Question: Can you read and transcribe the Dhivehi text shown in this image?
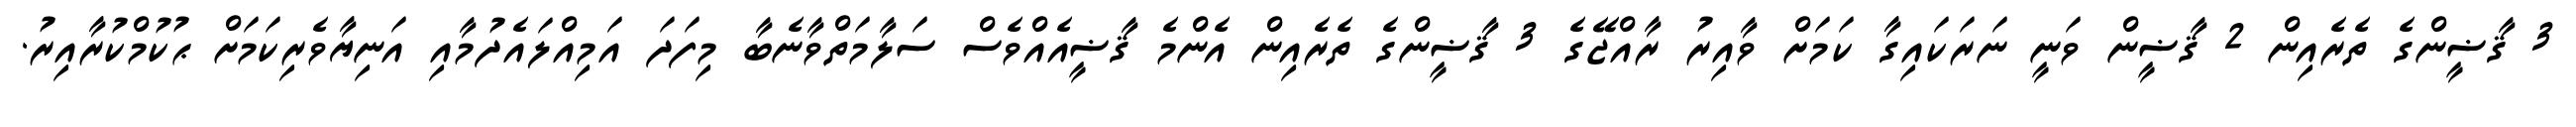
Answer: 3 ޤާޟީންގެ ތެރެއިން 2 ޤާޟީން ވަނީ ނަރަކައިގާ ކަމަށް ވާއިރު ރާއްޖޭގެ 3 ޤާޟީންގެ ތެރެއިން އެންމެ ޤާޟީއެއްވެސް ސަލާމަތްވާނެބާ މިފަދަ އަމިއްލައެދުމާއި އަނިޔާވެރިކަމަށް ޙުކުމްކުރާއިރު.